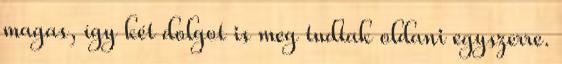
magas, így két dolgot is meg tudtak oldani egyszerre.